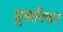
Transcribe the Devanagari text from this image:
मुखविकार